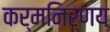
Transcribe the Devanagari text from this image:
कर्मनिर्णय